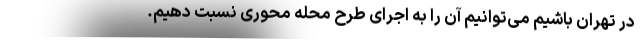
در تهران باشیم می‌‌توانیم آن را به اجرای طرح محله محوری نسبت دهیم.